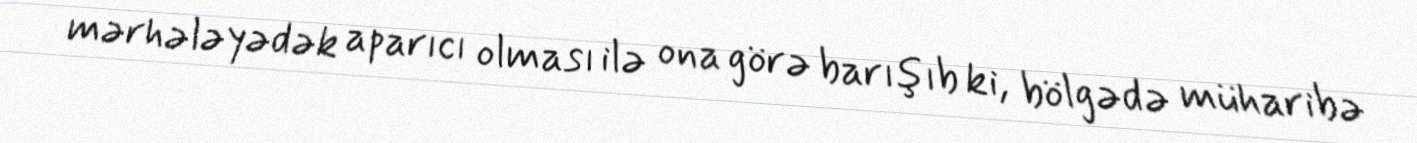
mərhələyədək aparıcı olması ilə ona görə barışıb ki, bölgədə müharibə